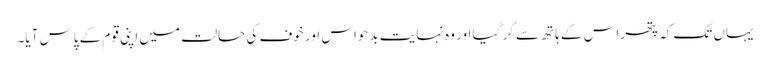
یہاں تک کہ پتھر اس کے ہاتھ سے گر گیا اور وہ نہایت بدحواس اور خوف کی حالت میں اپنی قوم کے پاس آیا۔